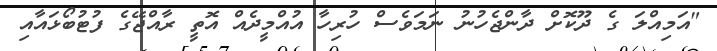
"އަމިއްލަ ގެ ދޫކޮށް ދާންޖެހުނު ނަމަވެސް ހުރިހާ އުއްމީދެއް އޮތީ ރާއްޖޭގެ ފުޓުބޯޅައާއި